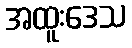
အထူးဒေသ